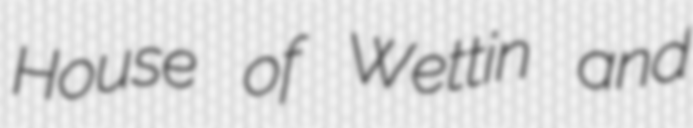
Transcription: House of Wettin and